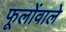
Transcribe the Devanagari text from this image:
फूलोंवाले